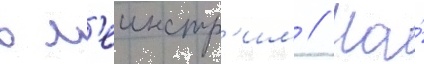
в м'еинстр'им // На́